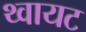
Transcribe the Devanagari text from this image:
थ्वायट